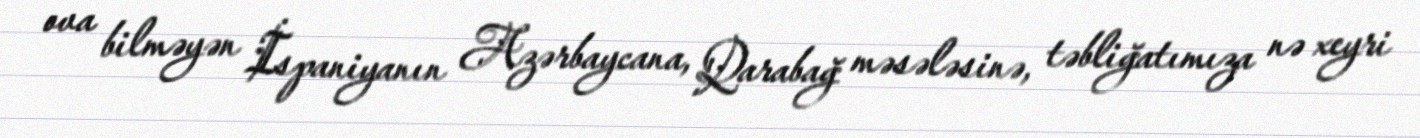
ova bilməyən İspaniyanın Azərbaycana, Qarabağ məsələsinə, təbliğatımıza nə xeyri